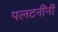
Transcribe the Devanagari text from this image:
पलटनींनी